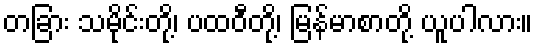
တခြား သမိုင်းတို့၊ ပထဝီတို့၊ မြန်မာစာတို့ ယူပါလား။